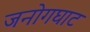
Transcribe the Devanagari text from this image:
जनोगघाट